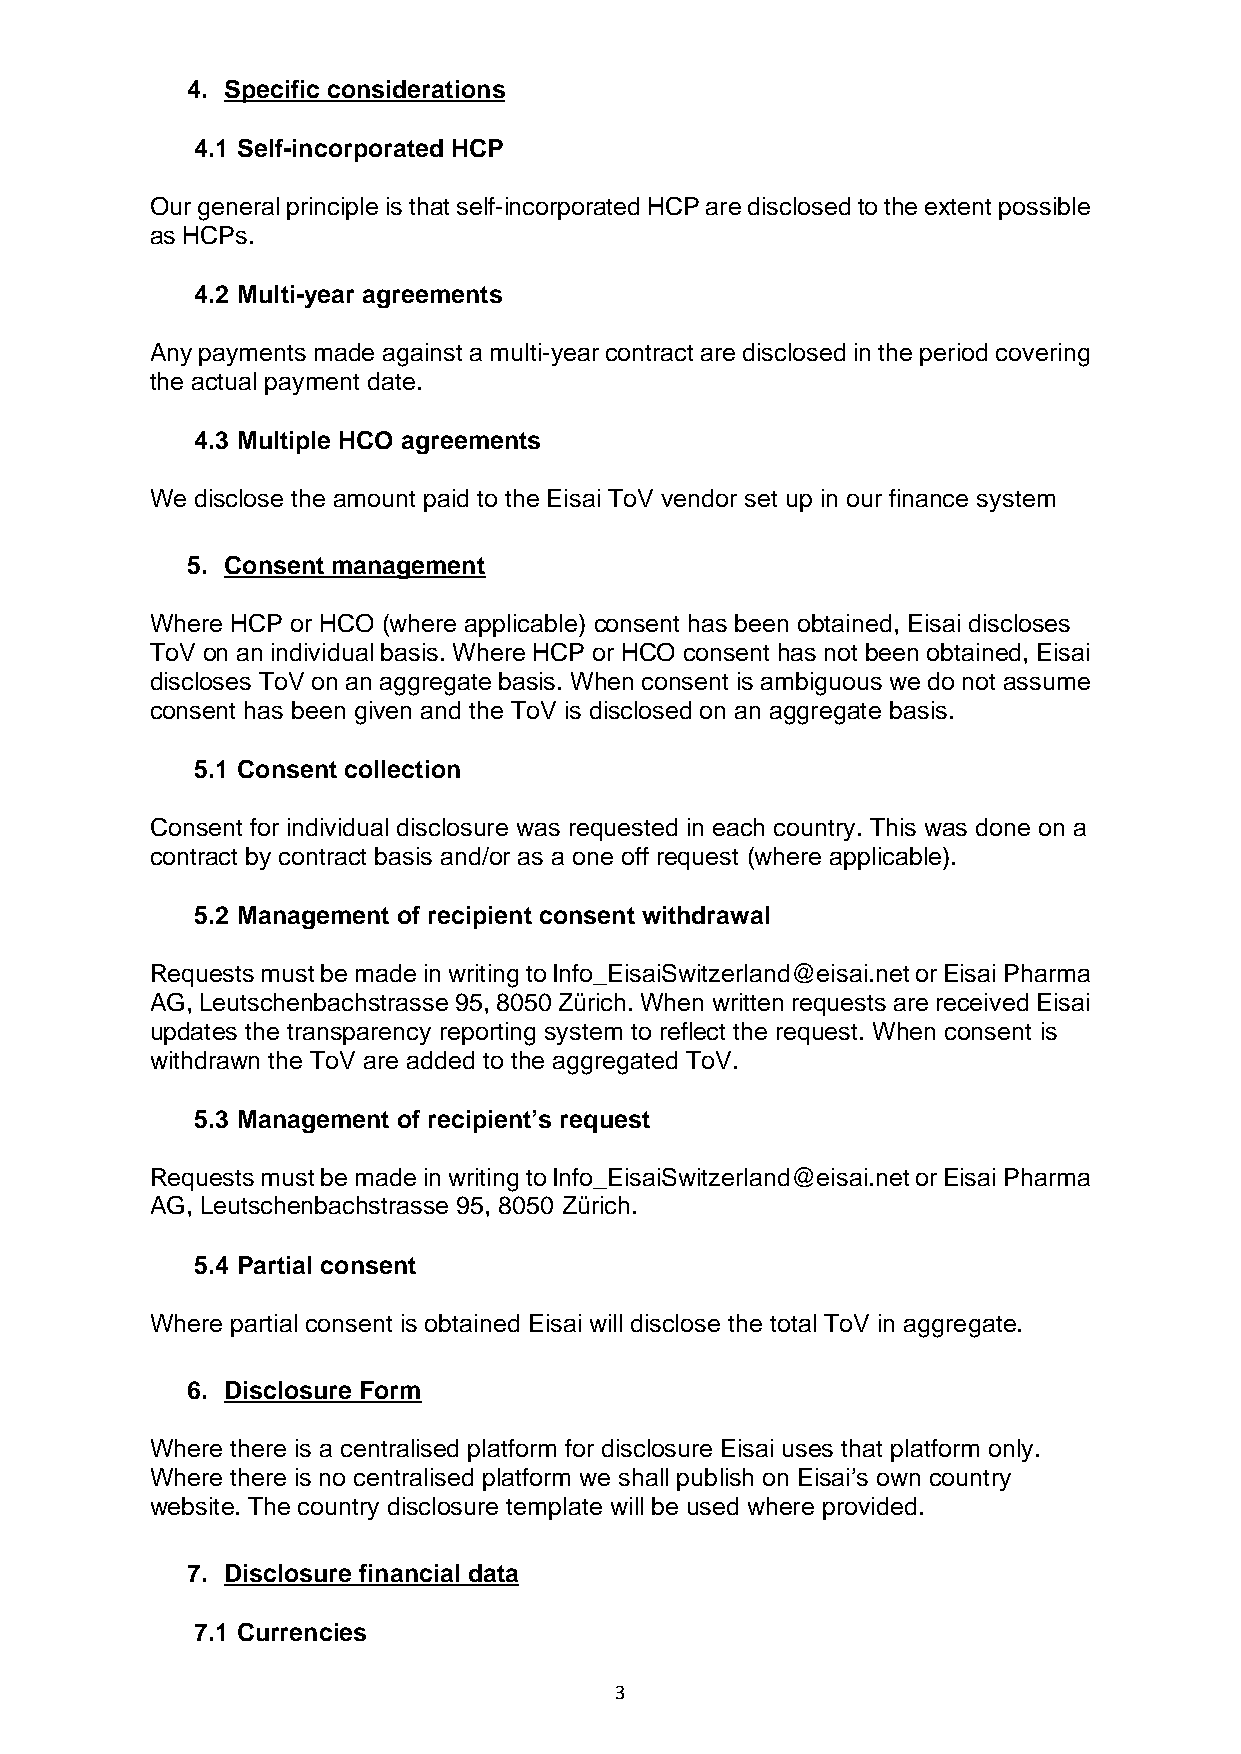
4. Specific considerations
 4.1 Self-incorporated HCP
 Our general principle is that self-incorporated HCP are disclosed to the extent possible
 as HCPs.
 4.2 Multi-year agreements
 Any payments made against a multi-year contract are disclosed in the period covering
 the actual payment date.
 4.3 Multiple HCO agreements
 We disclose the amount paid to the Eisai ToV vendor set up in our finance system
 5. Consent management
 Where HCP or HCO (where applicable) consent has been obtained, Eisai discloses
 ToV on an individual basis. Where HCP or HCO consent has not been obtained, Eisai
 discloses ToV on an aggregate basis. When consent is ambiguous we do not assume
 consent has been given and the ToV is disclosed on an aggregate basis.
 5.1 Consent collection
 Consent for individual disclosure was requested in each country. This was done on a
 contract by contract basis and/or as a one off request (where applicable).
 5.2 Management of recipient consent withdrawal
 Requests must be made in writing to Info_EisaiSwitzerland@eisai.net or Eisai Pharma
 AG, Leutschenbachstrasse 95, 8050 Zürich. When written requests are received Eisai
 updates the transparency reporting system to reflect the request. When consent is
 withdrawn the ToV are added to the aggregated ToV.
 5.3 Management of recipient’s request
 Requests must be made in writing to Info_EisaiSwitzerland@eisai.net or Eisai Pharma
 AG, Leutschenbachstrasse 95, 8050 Zürich.
 5.4 Partial consent
 Where partial consent is obtained Eisai will disclose the total ToV in aggregate.
 6. Disclosure Form
 Where there is a centralised platform for disclosure Eisai uses that platform only.
 Where there is no centralised platform we shall publish on Eisai’s own country
 website. The country disclosure template will be used where provided.
 7. Disclosure financial data
 7.1 Currencies
 3